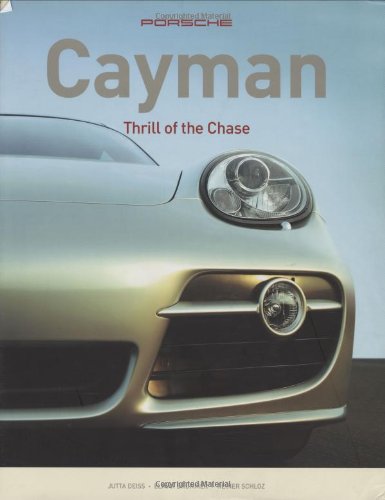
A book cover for Porsche Cayman: Thrill of the Chase; Jutta Deiss; Engineering & Transportation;